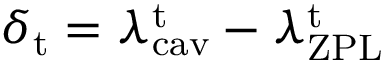
\delta _ { \mathrm { t } } = \lambda _ { \mathrm { c a v } } ^ { \mathrm { t } } - \lambda _ { \mathrm { Z P L } } ^ { \mathrm { t } }